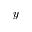
y